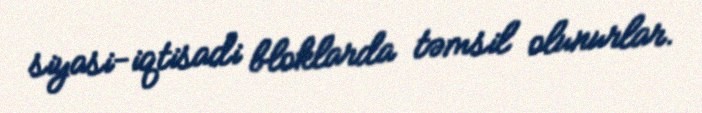
siyasi-iqtisadi bloklarda təmsil olunurlar.